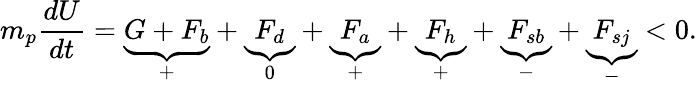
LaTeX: m_{p}\frac{dU}{dt}=\underbrace{G+F_{b}}_{+}+\underbrace{F_{d}}_{0}+\underbrace{F_{a}}_{+}+\underbrace{F_{h}}_{+}+\underbrace{F_{sb}}_{-}+\underbrace{F_{sj}}_{-}<0.